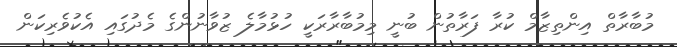
މުބާރާތް އިންތިޒާމް ކުރާ ފަރާތުން ބުނީ މިމުބާރާރަކީ ހުޅުމާލެ ޒުވާނުންގެ މެދުގައި އެކުވެރިކަން